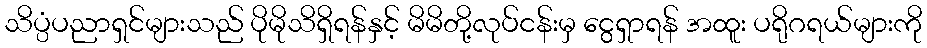
သိပ္ပံပညာရှင်များသည် ပိုမိုသိရှိရန်နှင့် မိမိတို့လုပ်ငန်းမှ ငွေရှာရန် အထူး ပရိုဂရယ်များကို